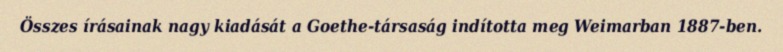
Összes írásainak nagy kiadását a Goethe-társaság indította meg Weimarban 1887-ben.